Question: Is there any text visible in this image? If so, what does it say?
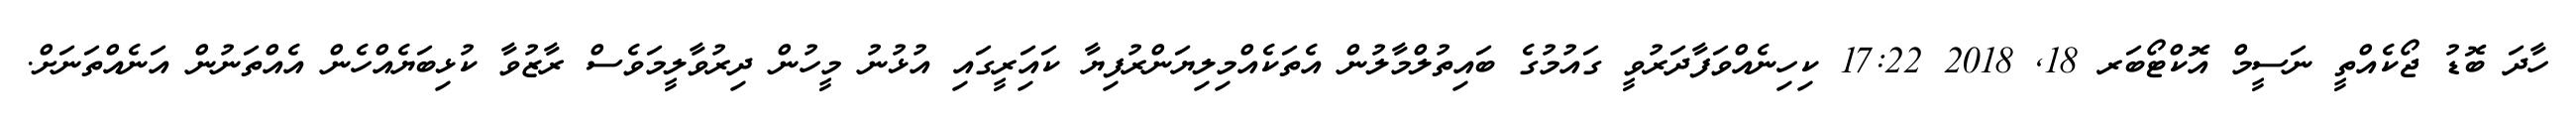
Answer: ހާދަ ބޮޑު ޖޯކެއްތީ ނަސީމް އޮކްޓޯބަރ 18, 2018 17:22 ކިހިނެއްވަފާދަރުވީ ގައުމުގެ ބައިތުލްމާލުން އެތަކެއްމިލިޔަންރުފިޔާ ކައަިރީގައި އުޅުނު މީހުން ދިރުވާލީމަވެސް ރާޒުވާ ކުޅިބަޔެއްހެން އެއްތަނުން އަނެއްތަނަށް.